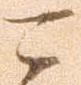
可